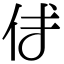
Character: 𠇇